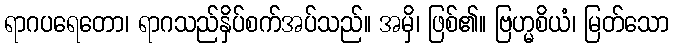
ရာဂပရေတော၊ ရာဂသည်နှိပ်စက်အပ်သည်။ အမှိ၊ ဖြစ်၏။ ဗြဟ္မစိယံ၊ မြတ်သော